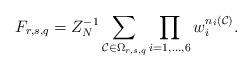
LaTeX: \begin{align*}F_{r,s,q}=Z_N^{-1}\sum_{\mathcal{C}\in\Omega_{r,s,q}}\prod_{i=1,\dots,6} w_i^{n_i(\mathcal{C})}.\end{align*}